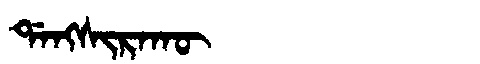
Manchu: ᡩᠠᠩᠰᡳᡵᠠᡴᡡ
Romanization: DANGSIRAKŪ